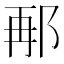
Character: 𮟸